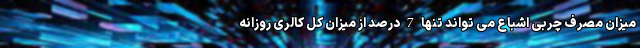
میزان مصرف چربی اشباع می تواند تنها 7 درصد از میزان کل کالری روزانه